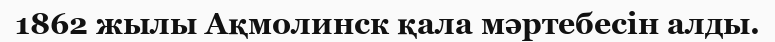
1862 жылы Ақмолинск қала мәртебесін алды.